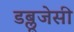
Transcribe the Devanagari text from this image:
डब्लूजेसी